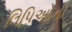
લિપિઓની